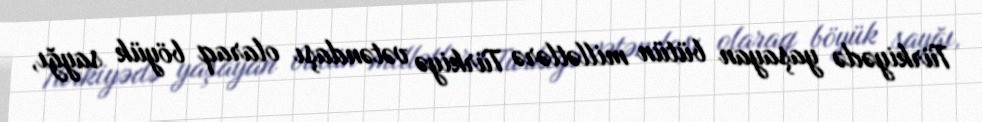
Türkiyədə yaşayan bütün millətlərə Türkiyə vətəndaşı olaraq böyük sayğı,